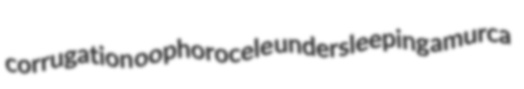
corrugation oophorocele undersleeping amurca